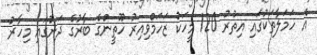
އެ ހަމަލާތަކުގައި އިތުރު 120 މީހަކު ޒަހަމްވިއިރު ހޫތީންގެ ބާރުގެ ދަށުގައި މިހާރު